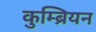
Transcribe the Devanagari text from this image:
कुम्ब्रियन